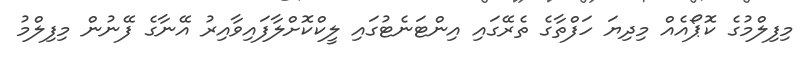
މިފިލްމުގެ ކޮޕޯއެއް މިދިޔަ ހަފްތާގެ ތެރޭގައި އިންޓަނެޓުގައި ލީކްކޮށްލާފައިވާއިރު އޭނާގެ ފޭނުން މިފިލްމު